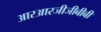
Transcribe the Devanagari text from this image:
आरआरजीजीबीबी